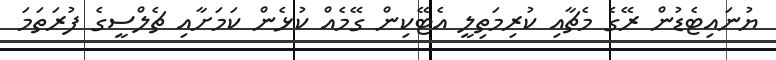
ޔުނައިޓެޑުން ރޭގެ މެޗާއި ކުރިމަތިލީ އެޓޭކިން ގޭމެއް ކުޅެން ކަމަށާއި ޗެލްސީގެ ފުރަތަމަ